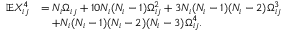
\begin{array} { r l } { \mathbb { E } X _ { i j } ^ { 4 } } & { = N _ { i } \Omega _ { i j } + 1 0 N _ { i } ( N _ { i } - 1 ) \Omega _ { i j } ^ { 2 } + 3 N _ { i } ( N _ { i } - 1 ) ( N _ { i } - 2 ) \Omega _ { i j } ^ { 3 } } \\ & { \quad + N _ { i } ( N _ { i } - 1 ) ( N _ { i } - 2 ) ( N _ { i } - 3 ) \Omega _ { i j } ^ { 4 } . } \end{array}